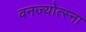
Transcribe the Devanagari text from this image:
वनज्योत्स्ना